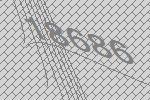
18686